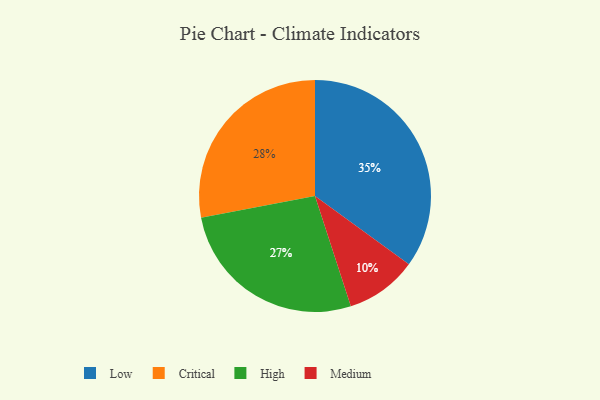
{"axis": {"x": "Category", "y": "Percentage"}, "legend": ["Critical", "High", "Low", "Medium"], "data": [{"x": "High", "y": 27, "type": "High"}, {"x": "Low", "y": 35, "type": "Low"}, {"x": "Critical", "y": 28, "type": "Critical"}, {"x": "Medium", "y": 10, "type": "Medium"}]}